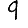
Digit: 9